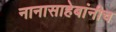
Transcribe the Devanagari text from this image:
नानासाहेबांनीच